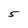
Character: 5